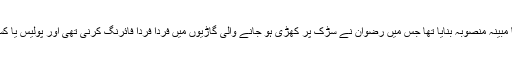
تفتیش کاروں کا کہنا ہے کہ ان دونوں نے کیلیفورنیا ہائے وے کے لیے بھی بم حملے کا مبینہ منصوبہ بنایا تھا جس میں رضوان نے سڑک پر کھڑی ہو جانے والی گاڑیوں میں فرداً فرداً فائرنگ کرنی تھی اور پولیس یا کسی اور کے مدد کے لیے آنے والوں کو قریبی پہاڑی سے انریک نے فائرنگ کرنی تھی۔